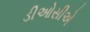
ડીઓસીએ